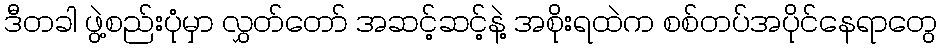
ဒီတခါ ဖွဲ့စည်းပုံမှာ လွှတ်တော် အဆင့်ဆင့်နဲ့ အစိုးရထဲက စစ်တပ်အပိုင်နေရာတွေ